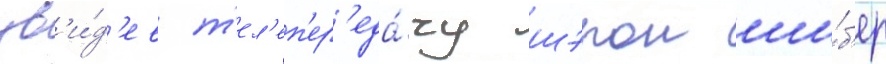
ув'и́д'ев т'ел'еп'ер'еда́чу шэрон ши́б'ер